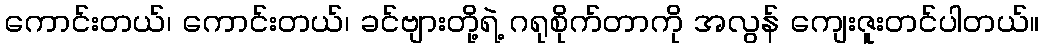
ကောင်းတယ်၊ ကောင်းတယ်၊ ခင်ဗျားတို့ရဲ့ ဂရုစိုက်တာကို အလွန် ကျေးဇူးတင်ပါတယ်။